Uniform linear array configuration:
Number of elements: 64
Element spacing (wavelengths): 0.25
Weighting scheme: binomial
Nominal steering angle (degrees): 15
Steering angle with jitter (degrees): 13.529
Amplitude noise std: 0.05
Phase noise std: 0.05

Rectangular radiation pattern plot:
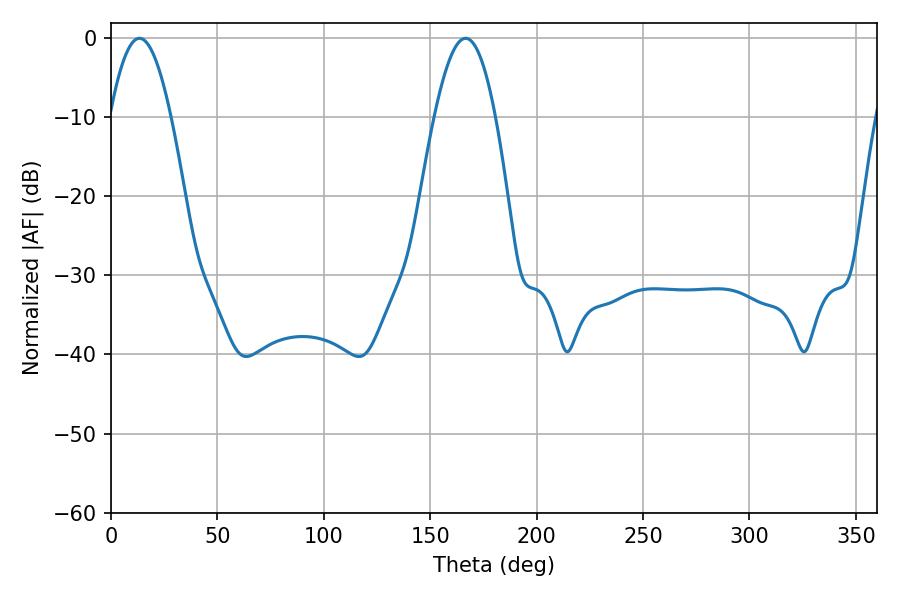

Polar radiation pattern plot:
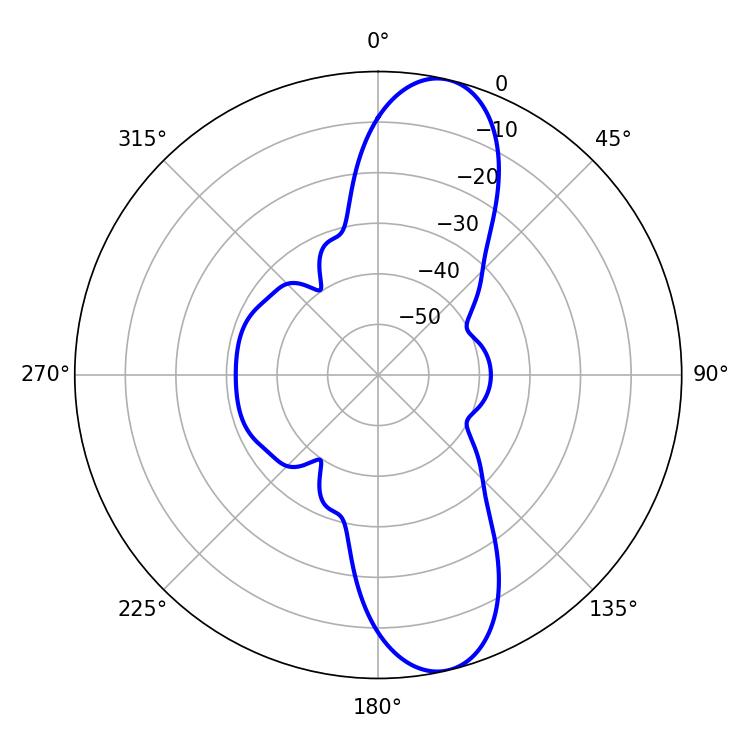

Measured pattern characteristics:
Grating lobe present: FALSE
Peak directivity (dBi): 11.638
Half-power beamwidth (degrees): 15.48
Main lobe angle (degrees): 13.32